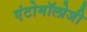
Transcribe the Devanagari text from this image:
एंटोमॉलोजी